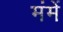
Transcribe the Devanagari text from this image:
मंमें